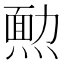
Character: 𤎂